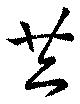
共